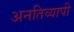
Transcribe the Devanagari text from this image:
अनतिव्यापी